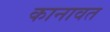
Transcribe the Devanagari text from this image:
कानावत